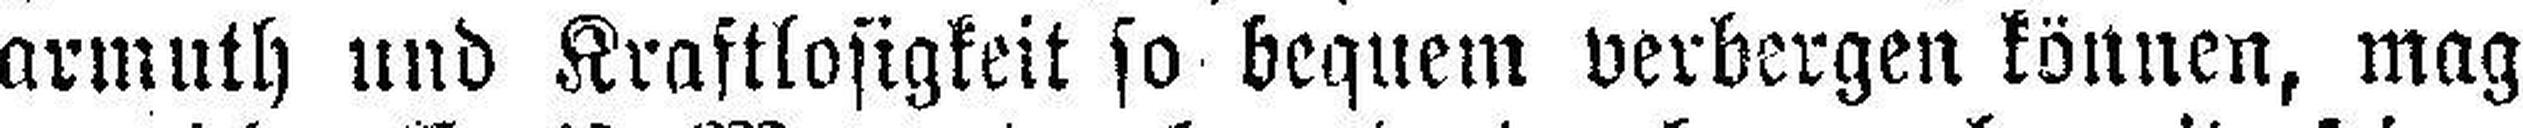
armuth und Kraftlosigkeit so bequem verbergen können, mag